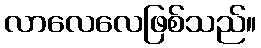
လာလေလေဖြစ်သည်။